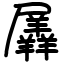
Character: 羼